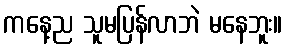
ကနေ့ည သူမပြန်လာဘဲ မနေဘူး။